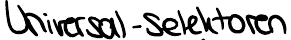
Universal-Selektoren